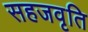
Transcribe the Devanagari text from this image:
सहजवृति